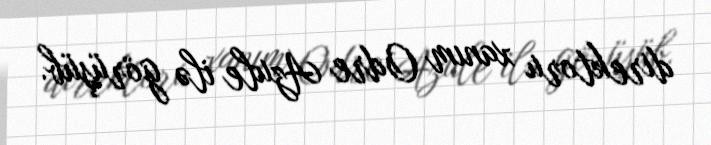
direktoru xanım Odre Azule ilə görüşüb.